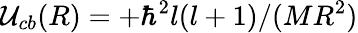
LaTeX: \mathcal{U}_{cb}(R)=+\hbar^{2}l(l+1)/(MR^{2})